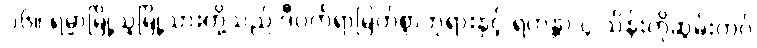
၁၆။ ရမ္မာမြို့သူမြို့သားတို့သည် ဒီပင်္ကရာမြတ်စွာဘုရားနှင့် ရဟန္တာ ၄ သိန်းကိုဆွမ်းကပ်